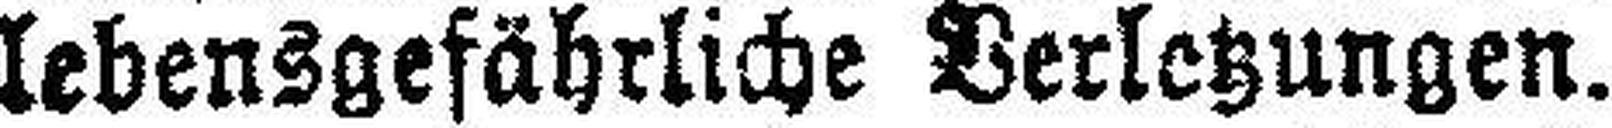
lebensgefährliche Verletzungen.